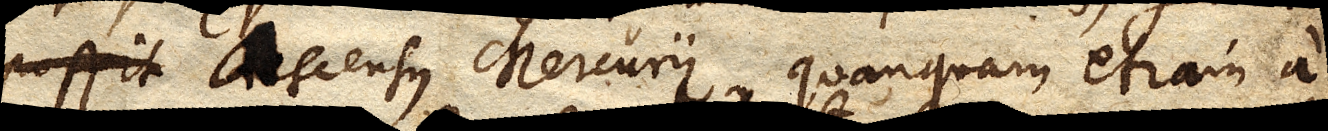
possit appareat ascensus Mercurii, quanquam etiam a